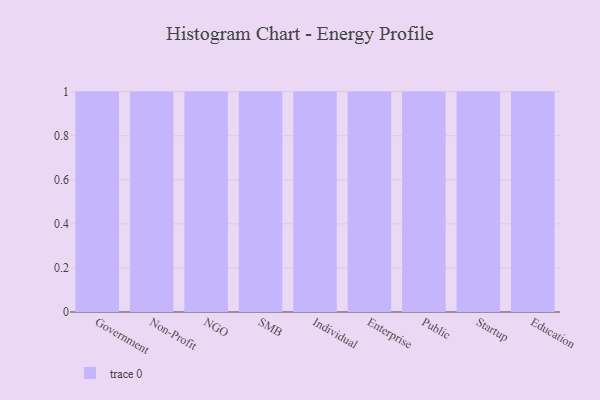
{"axis": {"x": "Segment", "y": "Waste Production (Tons)"}, "legend": [""], "data": [{"x": "Government", "y": 69, "type": ""}, {"x": "Non-Profit", "y": 10, "type": ""}, {"x": "NGO", "y": 52, "type": ""}, {"x": "SMB", "y": 37, "type": ""}, {"x": "Individual", "y": 55, "type": ""}, {"x": "Enterprise", "y": 17, "type": ""}, {"x": "Public", "y": 60, "type": ""}, {"x": "Startup", "y": 88, "type": ""}, {"x": "Education", "y": 13, "type": ""}]}